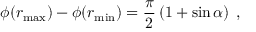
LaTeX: \phi ( r _ { \operatorname * { m a x } } ) - \phi ( r _ { \operatorname * { m i n } } ) = \frac { \pi } { 2 } \left( 1 + \sin \alpha \right) \; ,